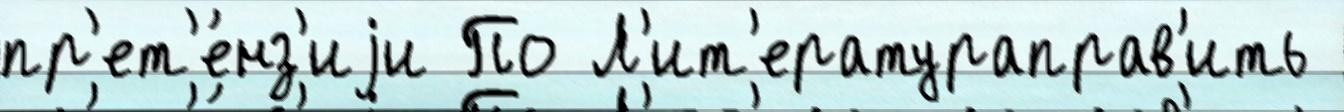
пр'ет'е́нз'иjи По Л'ит'ератураправ'ить